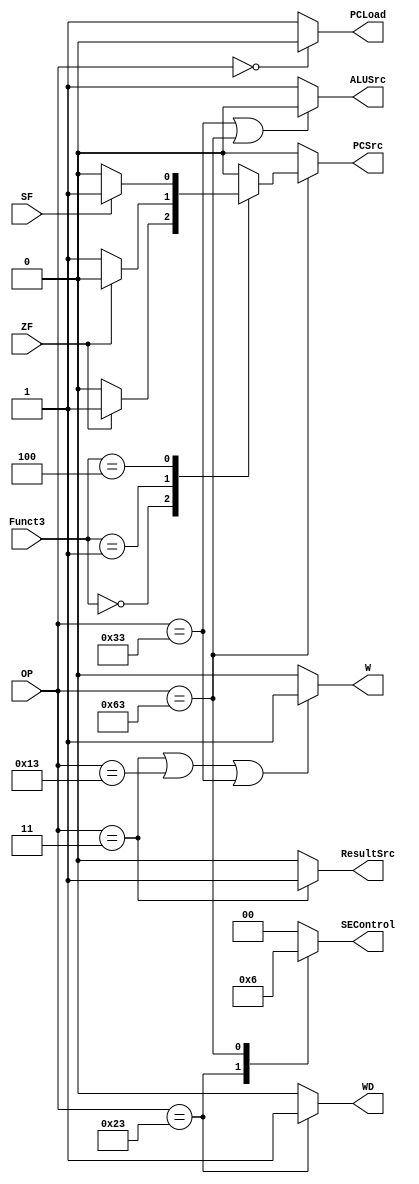
module DataPath_Control(
  input SF,ZF,          
  input [6:0] OP,
  input [14:12] Funct3,
  output reg PCSrc,
  output PCLoad,       //PC control
  output ALUSrc,ResultSrc,   //Muxes control signals
  output reg [1:0] SEControl,    //Sign_Extend control
  output WD,              //DATA memory control signal
  output W                  //Regfile signal
);
localparam LW = 7'b000_0011, SW = 7'b010_0011, ALUi = 7'b001_0011, ALU = 7'b011_0011, BR = 7'b110_0011;

assign PCLoad = (OP == 7'b0) ? 0 : 1;
assign ResultSrc = (OP == LW) ? 1 : 0;
assign WD = (OP == SW) ? 1 : 0;
assign ALUSrc = ((OP == ALU)|(OP == BR)) ? 0 : 1;
assign W = ((OP == LW)|(OP == ALUi)|(OP == ALU)) ? 1 : 0;
always@(*)
begin
  PCSrc = 0;
  if(OP == BR)
  begin
    case(Funct3)
     3'b000 : if(ZF == 1)
               PCSrc = 1 ;
     3'b001 : if(ZF == 0) 
		PCSrc = 1 ;
     3'b100 : if(SF == 1)
		PCSrc = 1;
    endcase
  end
end

always@(*)
begin
  SEControl = 2'b00;
  case(OP)
   SW : SEControl = 2'b01;
   BR : SEControl = 2'b10;
  endcase
end 

endmodule